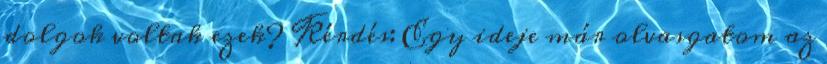
dolgok voltak ezek? Kérdés: Egy ideje már olvasgatom az